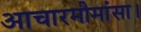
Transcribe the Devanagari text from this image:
आचारमीमांसा।